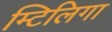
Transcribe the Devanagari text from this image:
म्टिलिगा